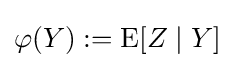
\varphi (Y):=\operatorname {E} [Z\mid Y]